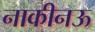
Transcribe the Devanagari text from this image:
नाकीनऊ